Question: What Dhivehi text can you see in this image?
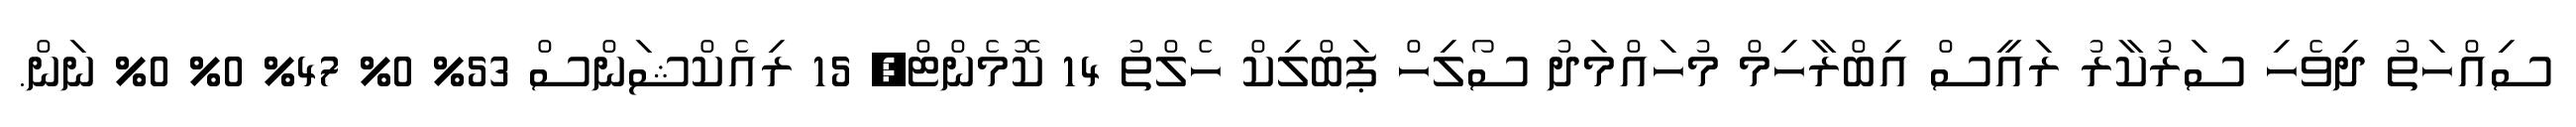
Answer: ސިއްހަތު ދިވެހި ސަރުކާރު ރައީސް އިބްރާހިމް މުހައްމަދު ސޯލިހް ޕަބްލިކް ހެލްތު 14 ކޮމެންޓް, 15 ރިއެކްޝަންސް 53% 0% 47% 0% 0% ނަން.